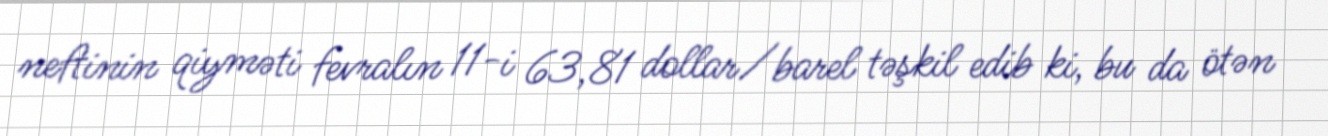
neftinin qiyməti fevralın 11-i 63,81 dollar/barel təşkil edib ki, bu da ötən